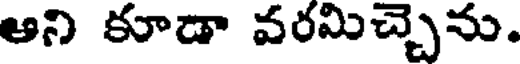
ఆని కూడా వరమిచ్చెను.